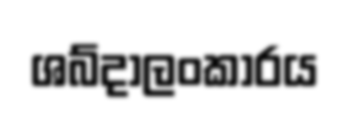
ශබ්දාලංකාරය